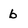
Character: b